Leaving Certificate Examination (including Day School Certificate (Higher) General paper), 1932
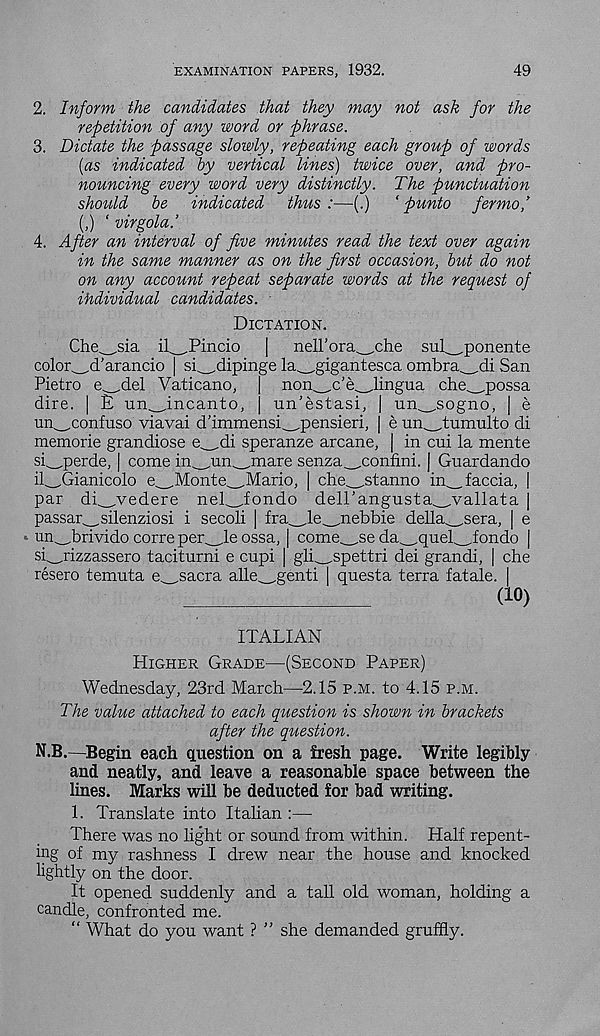
EXAMINATION PAPERS, 1932.
49
2. Inform the candidates that they may not ask for the
repetition of any word or phrase.
3. Dictate the passage slowly, repeating each group of words
(as indicated by vertical lines) twice over, and pro-
nouncing every word very distinctly. The punctuation
should be indicated thus :—(.)
‘ punto fermof
(,) ‘ virgola.’
4. After an interval of five minutes read the text over again
in the same manner as on the first occasion, but do not
on any account repeat separate words at the request of
ihdividual candidates.
Dictation.
Che_.sia il_Pincio
|
nell’ora^che sui_ponente
color^d’arancio | si_dipinge la^gigantesca ombra^di San
Pietro e_,del Vaticano, | non._c’e_dingua che^.possa
dire. | E un_incanto, j un’estasi, | un_sogno, | e
un^confuso viavai d’immensi_.pensieri, | e un^tumulto di
memorie grandiose e^di speranze arcane, | in cui la mente
si^perde, | come in_un^mare senza_confini. j Guardando
il_Gianicolo e_.Monte^.Mario, | che_stanno in^faccia, |
par di^,vedere nel_fondo dell’angusta^vallata |
passar^silenziosi i secoli | fra_.le_nebbie della^.sera, | e
* un^_,brivido corre per_le ossa, | come^_,se da^quel^fondo |
si^jizzassero taciturni e cupi | gli_spettri dei grandi, | che
resero temnta e^_sacra alle^_.genti | questa terra fatale. |
(10)
ITALIAN
Higher Grade—(Second Paper)
Wednesday, 23rd March—2.15 p.m. to 4.15 p.m.
The value attached to each question is shown in brackets
after the question.
N.B.—Begin each question on a fresh page. Write legibly
and neatly, and leave a reasonable space between the
lines. Marks will be deducted for bad writing.
1. Translate into Italian :—
There was no light or sound from within. Half repent-
ing of my rashness I drew near the house and knocked
lightly on the door.
It opened suddenly and a tall old woman, holding a
candle, confronted me.
“ What do you want ? ” she demanded gruffly.